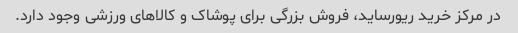
در مرکز خرید ریورساید، فروش بزرگی برای پوشاک و کالاهای ورزشی وجود دارد.